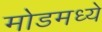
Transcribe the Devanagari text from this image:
मोडमध्ये